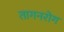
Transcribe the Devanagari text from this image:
तागनरोग